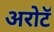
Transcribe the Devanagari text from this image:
अरोटॅ